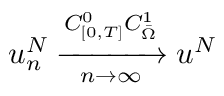
u _ { n } ^ { N } \xrightarrow [ n \rightarrow \infty ] { C _ { [ 0 , T ] } ^ { 0 } C _ { \Bar { \Omega } } ^ { 1 } } u ^ { N }